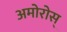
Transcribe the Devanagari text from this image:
अमोरोस्